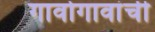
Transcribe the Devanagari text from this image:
गावोगावांची